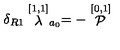
\delta _ { R 1 } \stackrel { [ 1 , 1 ] } { \lambda } _ { a _ { 0 } } = - \stackrel { [ 0 , 1 ] } { \cal P }